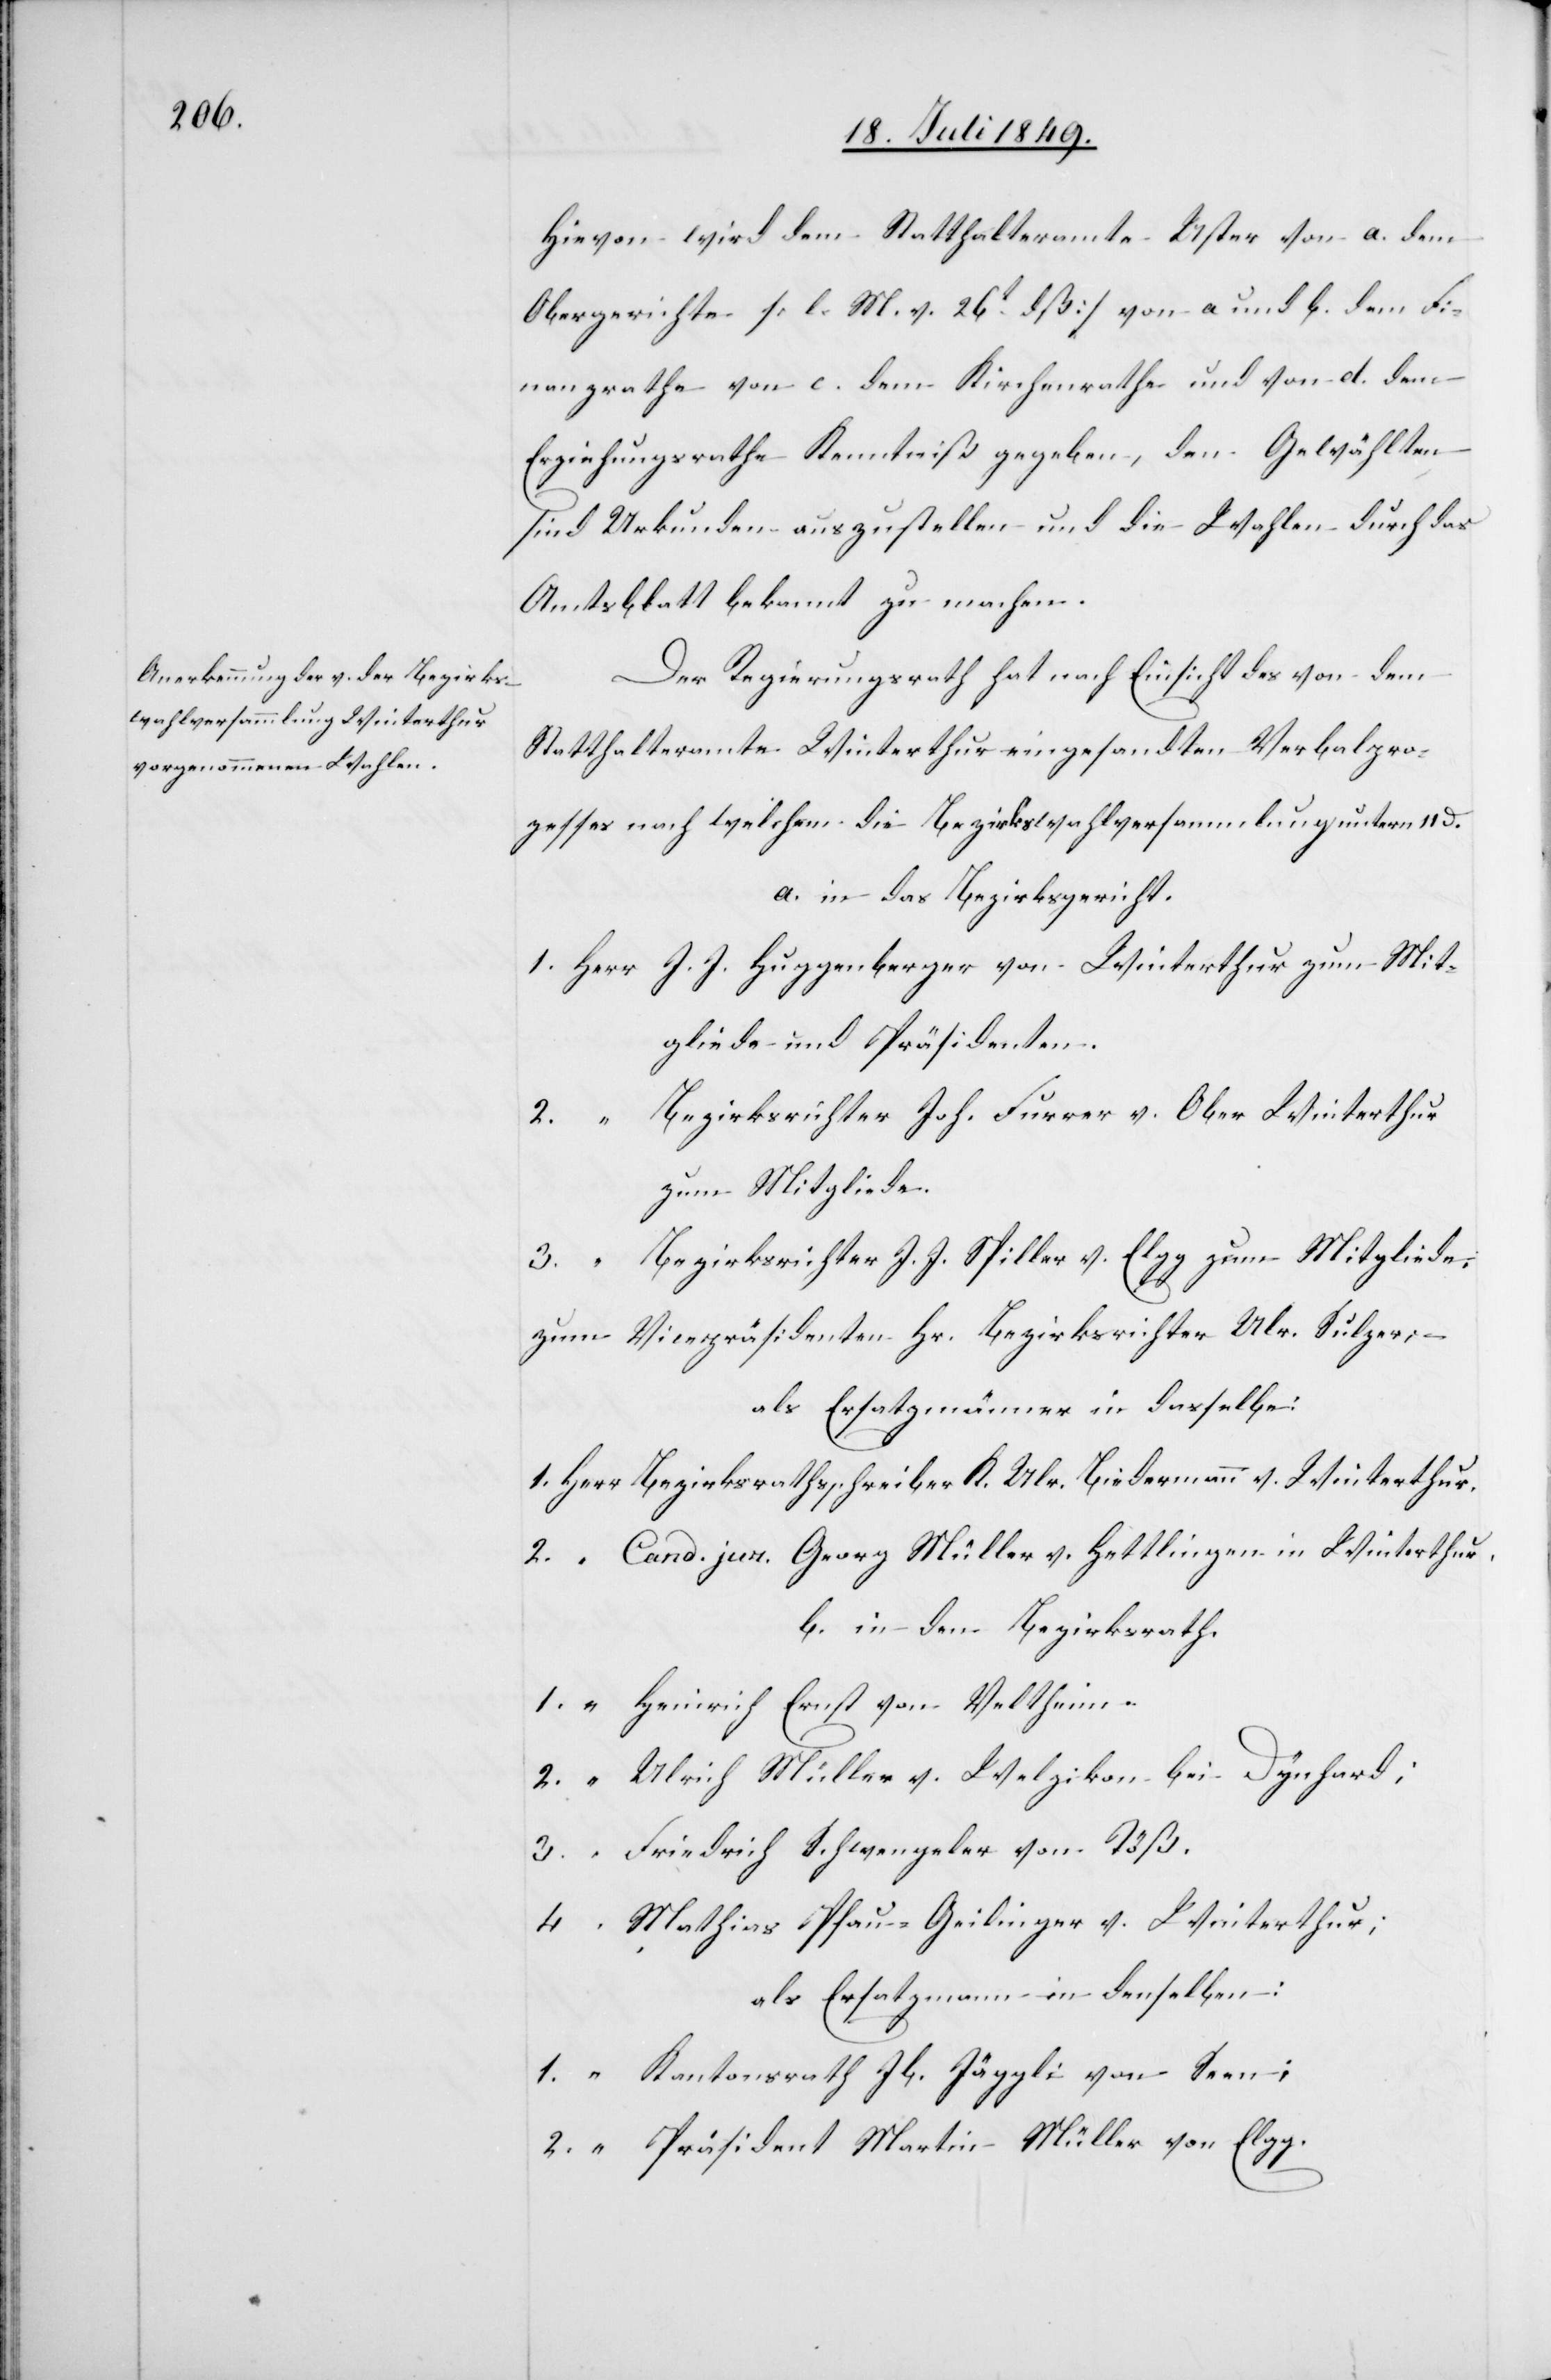
Hievon wird dem Statthalteramte Uster von a. dem
Obergerichte [l. M. v. 26t dß] von a und b. dem Fi¬
nanzrathe von c. dem Kirchenrathe gegeben, den
sind Urkunden auszustellen und die Wahlen durch das
Amtsblatt bekannt zu machen.
Der Regierungsrath hat nach Einsicht des von dem
Statthalteramte Winterthur gesandten Verbalpro¬
zesses nach welchem die Bezirkswahlversammlung unterm 11 d.
a. in das Bezirksgericht.
1.	Herr	J. J. Huggenberger von Winterthur zum Mit¬
gliede und Präsidenten.
2.		“	Bezirksrichter Joh. Furrer v. Ober Winterthur
zum Mitgliede.
3.		“	Bezirksrichter J. J. Piller v. Elgg zum Mitgliede:
zum Vicepräsidenten Hr. Bezirksrichter Ulr. Sulzer; –
als Ersatzmänner in dasselbe:
1.	Herr 	Bezirksrathsschreiber K. Ulr. Bidermann v. Winterthur.
2. 		“	Cand. Jur. Georg Müller v. Hettlingen in Winterthur.
b. in den Bezirksrath.
1.		“	Heinrich Ernst von Veltheim.
2.		“	Ulrich Müller v. Welzikon bei Dynhard;
3.		“	Friedrich Schwengeler von Töß.
4.		“	Mathias Pfau-Geilinger v. Winterthur;
als Ersatzmann in denselben:
1.		“	Kantonsrath Jb. Jäggli von Seen;
2.		“	Präsident Martin Müller von Egg.